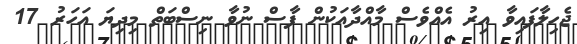
ޖެހިލާފައިވާ އިރު އެއްވެސް މާއްދާއަކުން ފާސް ނުވާ ނިސްބަތް މިދިޔަ އަހަރު 17